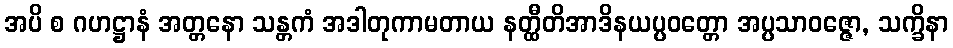
အပိ စ ဂဟဋ္ဌာနံ အတ္တနော သန္တကံ အဒါတုကာမတာယ နတ္ထီတိအာဒိနယပ္ပဝတ္တော အပ္ပသာဝဇ္ဇော, သက္ခိနာ